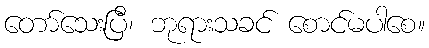
တော်သေးပြီ၊ ဘုရားသခင် စောင်မပါစေ။